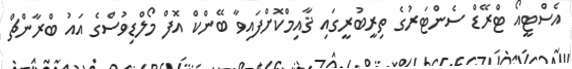
އެސްޓީއޯ ޓްރޭޑް ސެންޓަރުގެ ތިރީބުރީގައި ޤާއިމްކޮށްފައިވާ ބޭންކް އޮފް މޯލްޑިވުސްގެ އައު ބްރާންޗް